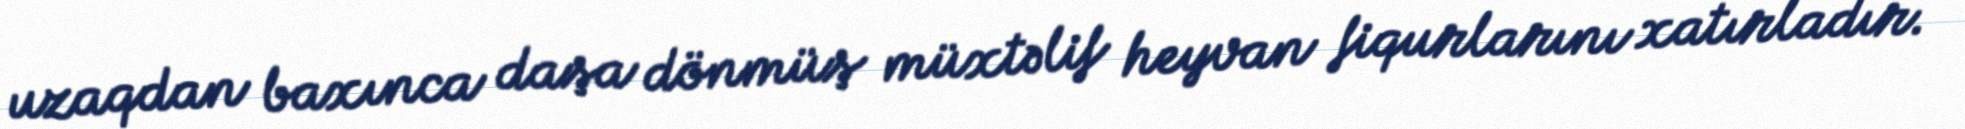
uzaqdan baxınca daşa dönmüş müxtəlif heyvan fiqurlarını xatırladır.